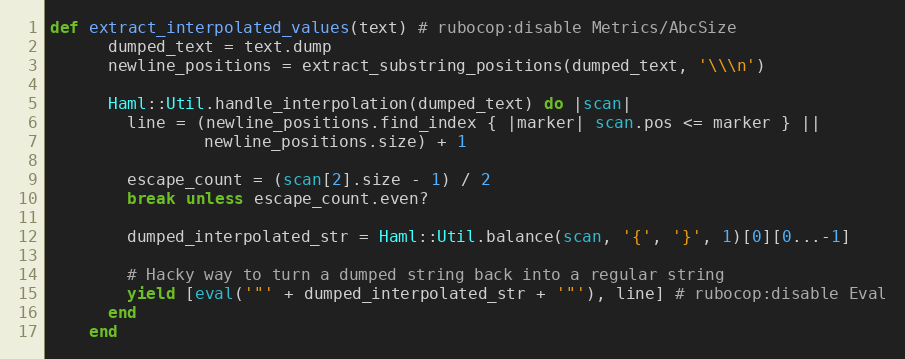
Language: Ruby
def extract_interpolated_values(text) # rubocop:disable Metrics/AbcSize
      dumped_text = text.dump
      newline_positions = extract_substring_positions(dumped_text, '\\\n')

      Haml::Util.handle_interpolation(dumped_text) do |scan|
        line = (newline_positions.find_index { |marker| scan.pos <= marker } ||
                newline_positions.size) + 1

        escape_count = (scan[2].size - 1) / 2
        break unless escape_count.even?

        dumped_interpolated_str = Haml::Util.balance(scan, '{', '}', 1)[0][0...-1]

        # Hacky way to turn a dumped string back into a regular string
        yield [eval('"' + dumped_interpolated_str + '"'), line] # rubocop:disable Eval
      end
    end